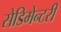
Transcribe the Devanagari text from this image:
सेडिमेन्टरी